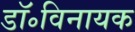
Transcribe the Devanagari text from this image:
डॉ॰विनायक